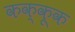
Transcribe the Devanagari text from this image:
कक्कूक